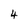
Character: 4